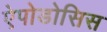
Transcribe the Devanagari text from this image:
ऐपोडोसिस